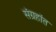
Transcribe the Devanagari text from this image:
संग्रहांत